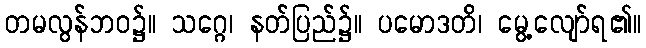
တမလွန်ဘဝ၌။ သဂ္ဂေ၊ နတ်ပြည်၌။ ပမောဒတိ၊ မွေ့လျော်ရ၏။